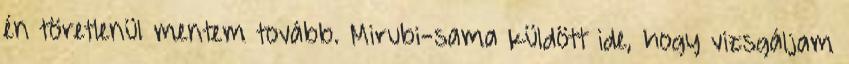
én töretlenül mentem tovább. Mirubi-sama küldött ide, hogy vizsgáljam